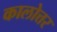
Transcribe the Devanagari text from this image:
कालोत्तर